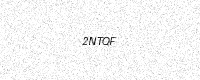
Text: 2NTQF